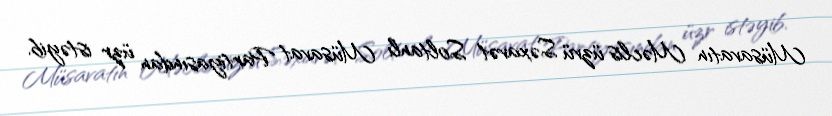
Müsavatın Məclis üzvü Səxavət Soltanlı Müsavat Partiyasından üzr istəyib.